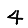
Digit: 4